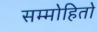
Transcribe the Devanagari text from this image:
सम्मोहितो